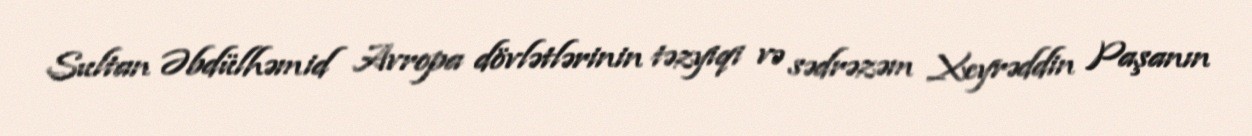
Sultan Əbdülhəmid Avropa dövlətlərinin təzyiqi və sədrəzəm Xeyrəddin Paşanın